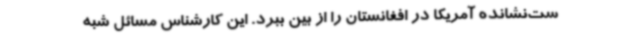
ست‌نشانده آمریکا در افغانستان را از بین ببرد. این کارشناس مسائل شبه